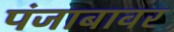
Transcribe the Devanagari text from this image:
पंजाबावर